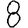
Digit: 8